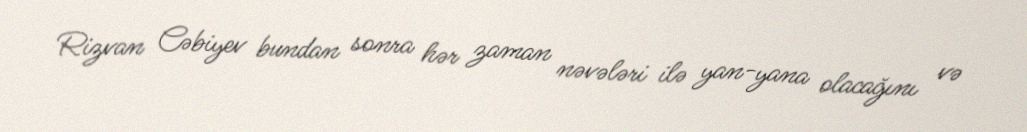
Rizvan Cəbiyev bundan sonra hər zaman nəvələri ilə yan-yana olacağını və